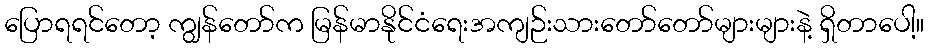
ပြောရရင်တော့ ကျွန်တော်က မြန်မာနိုင်ငံရေးအကျဉ်းသားတော်တော်များများနဲ့ ရှိတာပေါ့။